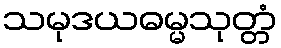
သမုဒယဓမ္မသုတ္တံ